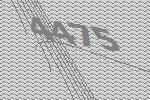
4475